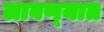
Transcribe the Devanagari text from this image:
लावण्‍यात